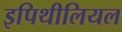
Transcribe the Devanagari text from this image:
इपिथीलियल